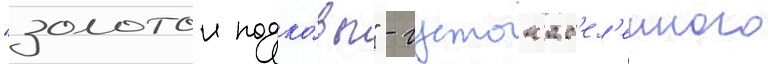
"золотои подко́вы" - густонас'ел'енного